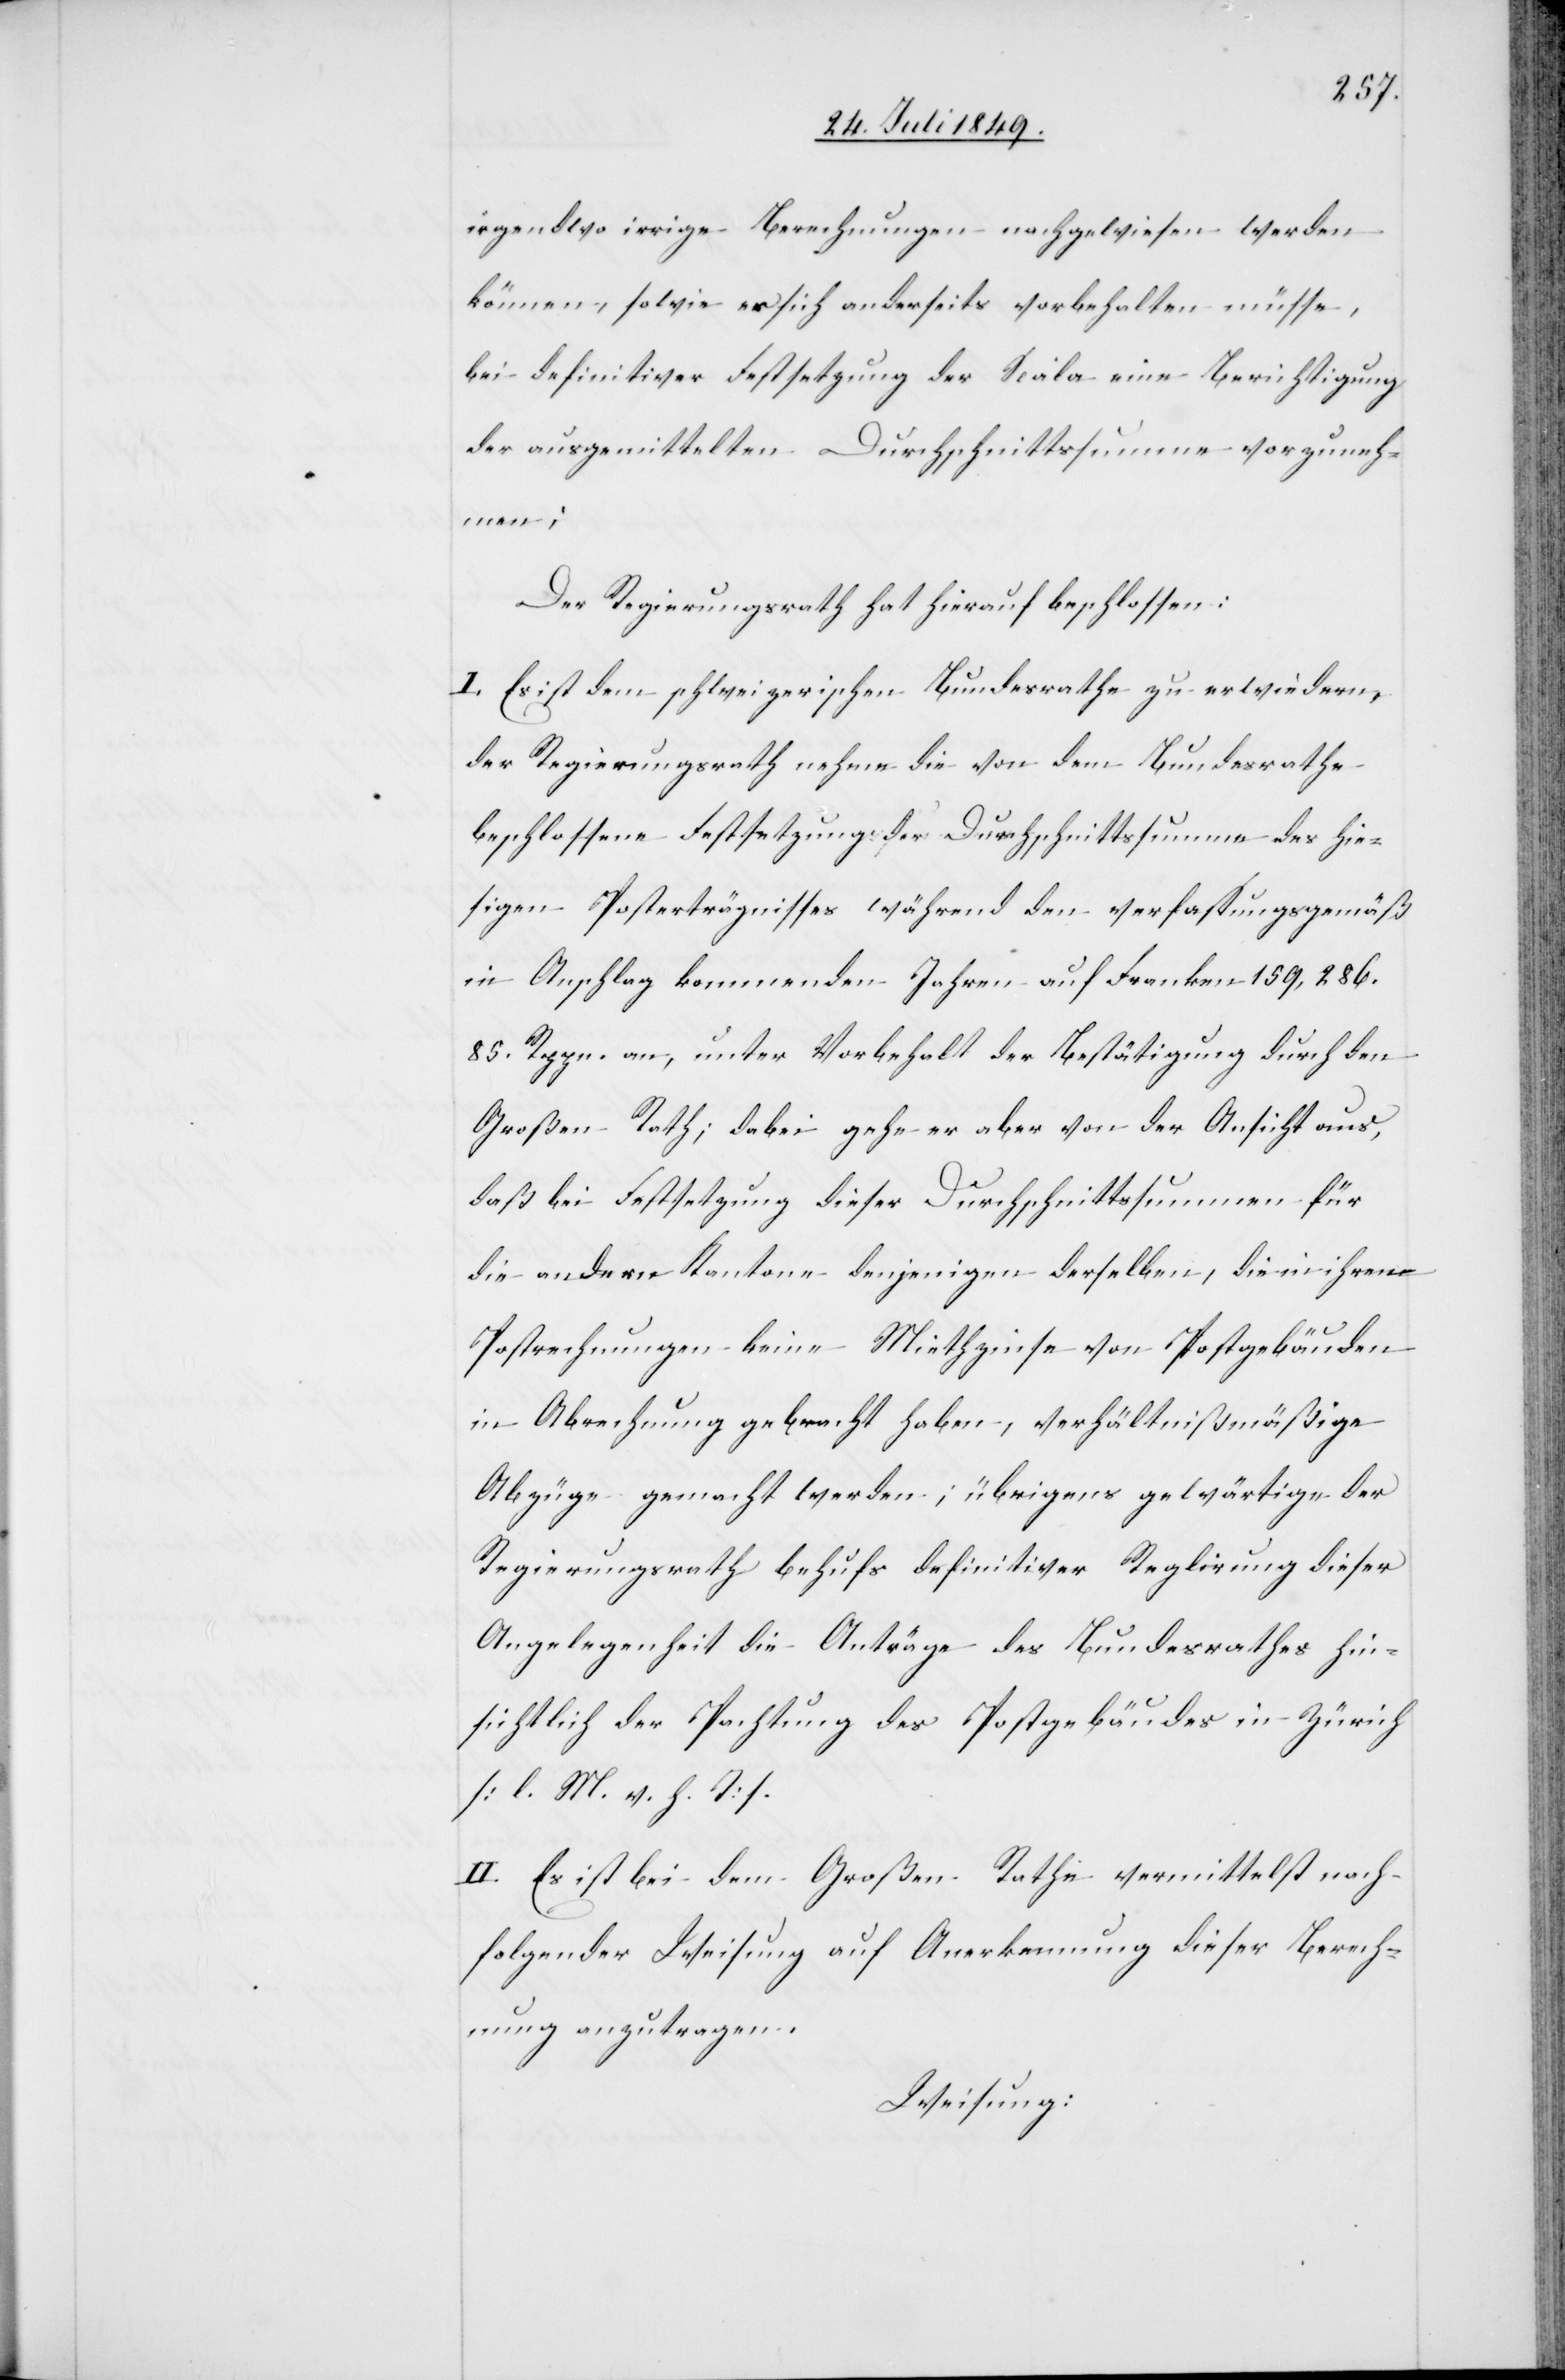
irgendwo irrige Berechnungen nachgewiesen werden
können, sowie er sich anderseits vorbehalten müsse,
bei definitiver Festsetzung der Scala eine Berichtigung
der ausgemittelten Durchschnittssumme vorzuneh¬
men;
Der Regierungsrath hat hierauf beschlossen:
I. Es ist dem schweizerischen Bundesrathe zu erwiedern,
der Regierungsrath nehme die von dem Bundesrathe
beschlossene Festsetzung der Durchschnittssumme des hie¬
sigen Posterträgnisses während den verfassungsgemäß
in Anschlag kommenden Jahren auf Franken 159,286.
85. Rppn. an, unter Vorbehalt der Bestätigung durch den
Großen Rath; dabei gehe er aber von der Ansicht aus,
daß bei Festsetzung dieser Durchschnittssummen für
die andern Kantone denjenigen derselben, die in ihren
Postrechnungen keine Miethzinse von Postgebäuden
in Abrechnung gebracht haben, verhältnißmäßige
Abzüge gemacht werden; übrigens gewärtige der
Regierungsrath behufs definitiver Reglirung dieser
Angelegenheit die Anträge des Bundesraths hin¬
sichtlich der Pachtung des Postgebäudes in Zürich
[l. M. v. h. T].
II. Es ist bei dem Großen Rathe vermittelst nach¬
folgender Weisung auf Anerkennung dieser Berech¬
nung anzutragen.
Weisung: